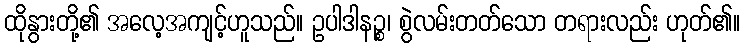
ထိုနွားတို့၏ အလေ့အကျင့်ဟူသည်။ ဥပါဒါနဉ္စ၊ စွဲလမ်းတတ်သော တရားလည်း ဟုတ်၏။